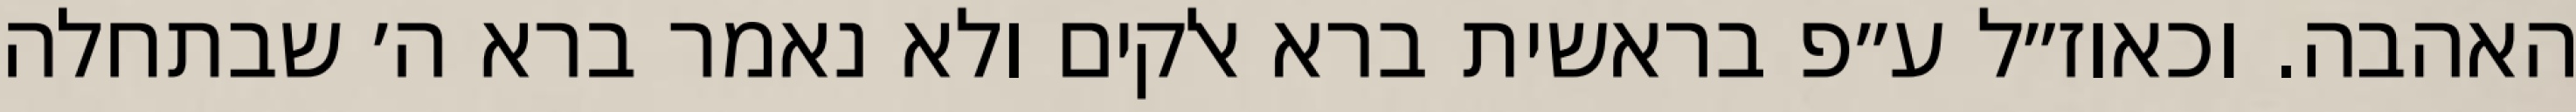
האהבה. וכאוז״ל ע״פ בראשית ברא אלקים ולא נאמר ברא ה׳ שבתחלה